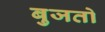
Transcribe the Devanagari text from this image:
बुजतो